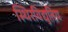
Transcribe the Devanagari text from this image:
स्थिरविद्युतिय